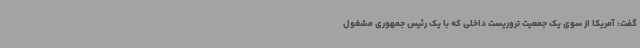
گفت: آمریکا از سوی یک جمعیت تروریست داخلی که با یک رئیس جمهوری مشغول